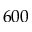
6 0 0